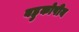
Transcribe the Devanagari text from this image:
बहुकोषीय